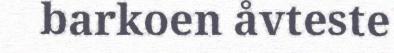
barkoen åvteste